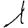
Digit: 1